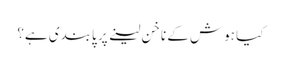
کیا ہوش کے ناخن لینے پر پابندی ہے؟